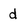
Character: d